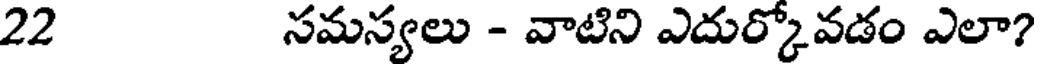
22 సమస్యలు - వాటిని ఎదుర్కోవడం ఎలా?